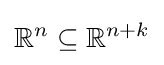
\mathbb {R} ^{n}\subseteq \mathbb {R} ^{n+k}